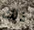
ذلك